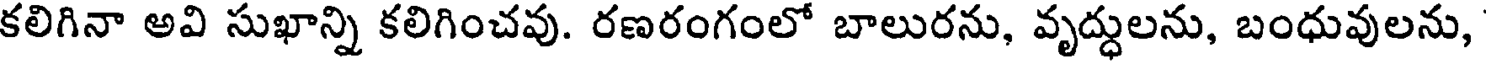
కలిగినా అవి సుఖాన్ని కలిగించవు. రణరంగంలో బాలురను, వృద్ధులను, బంధువులను,